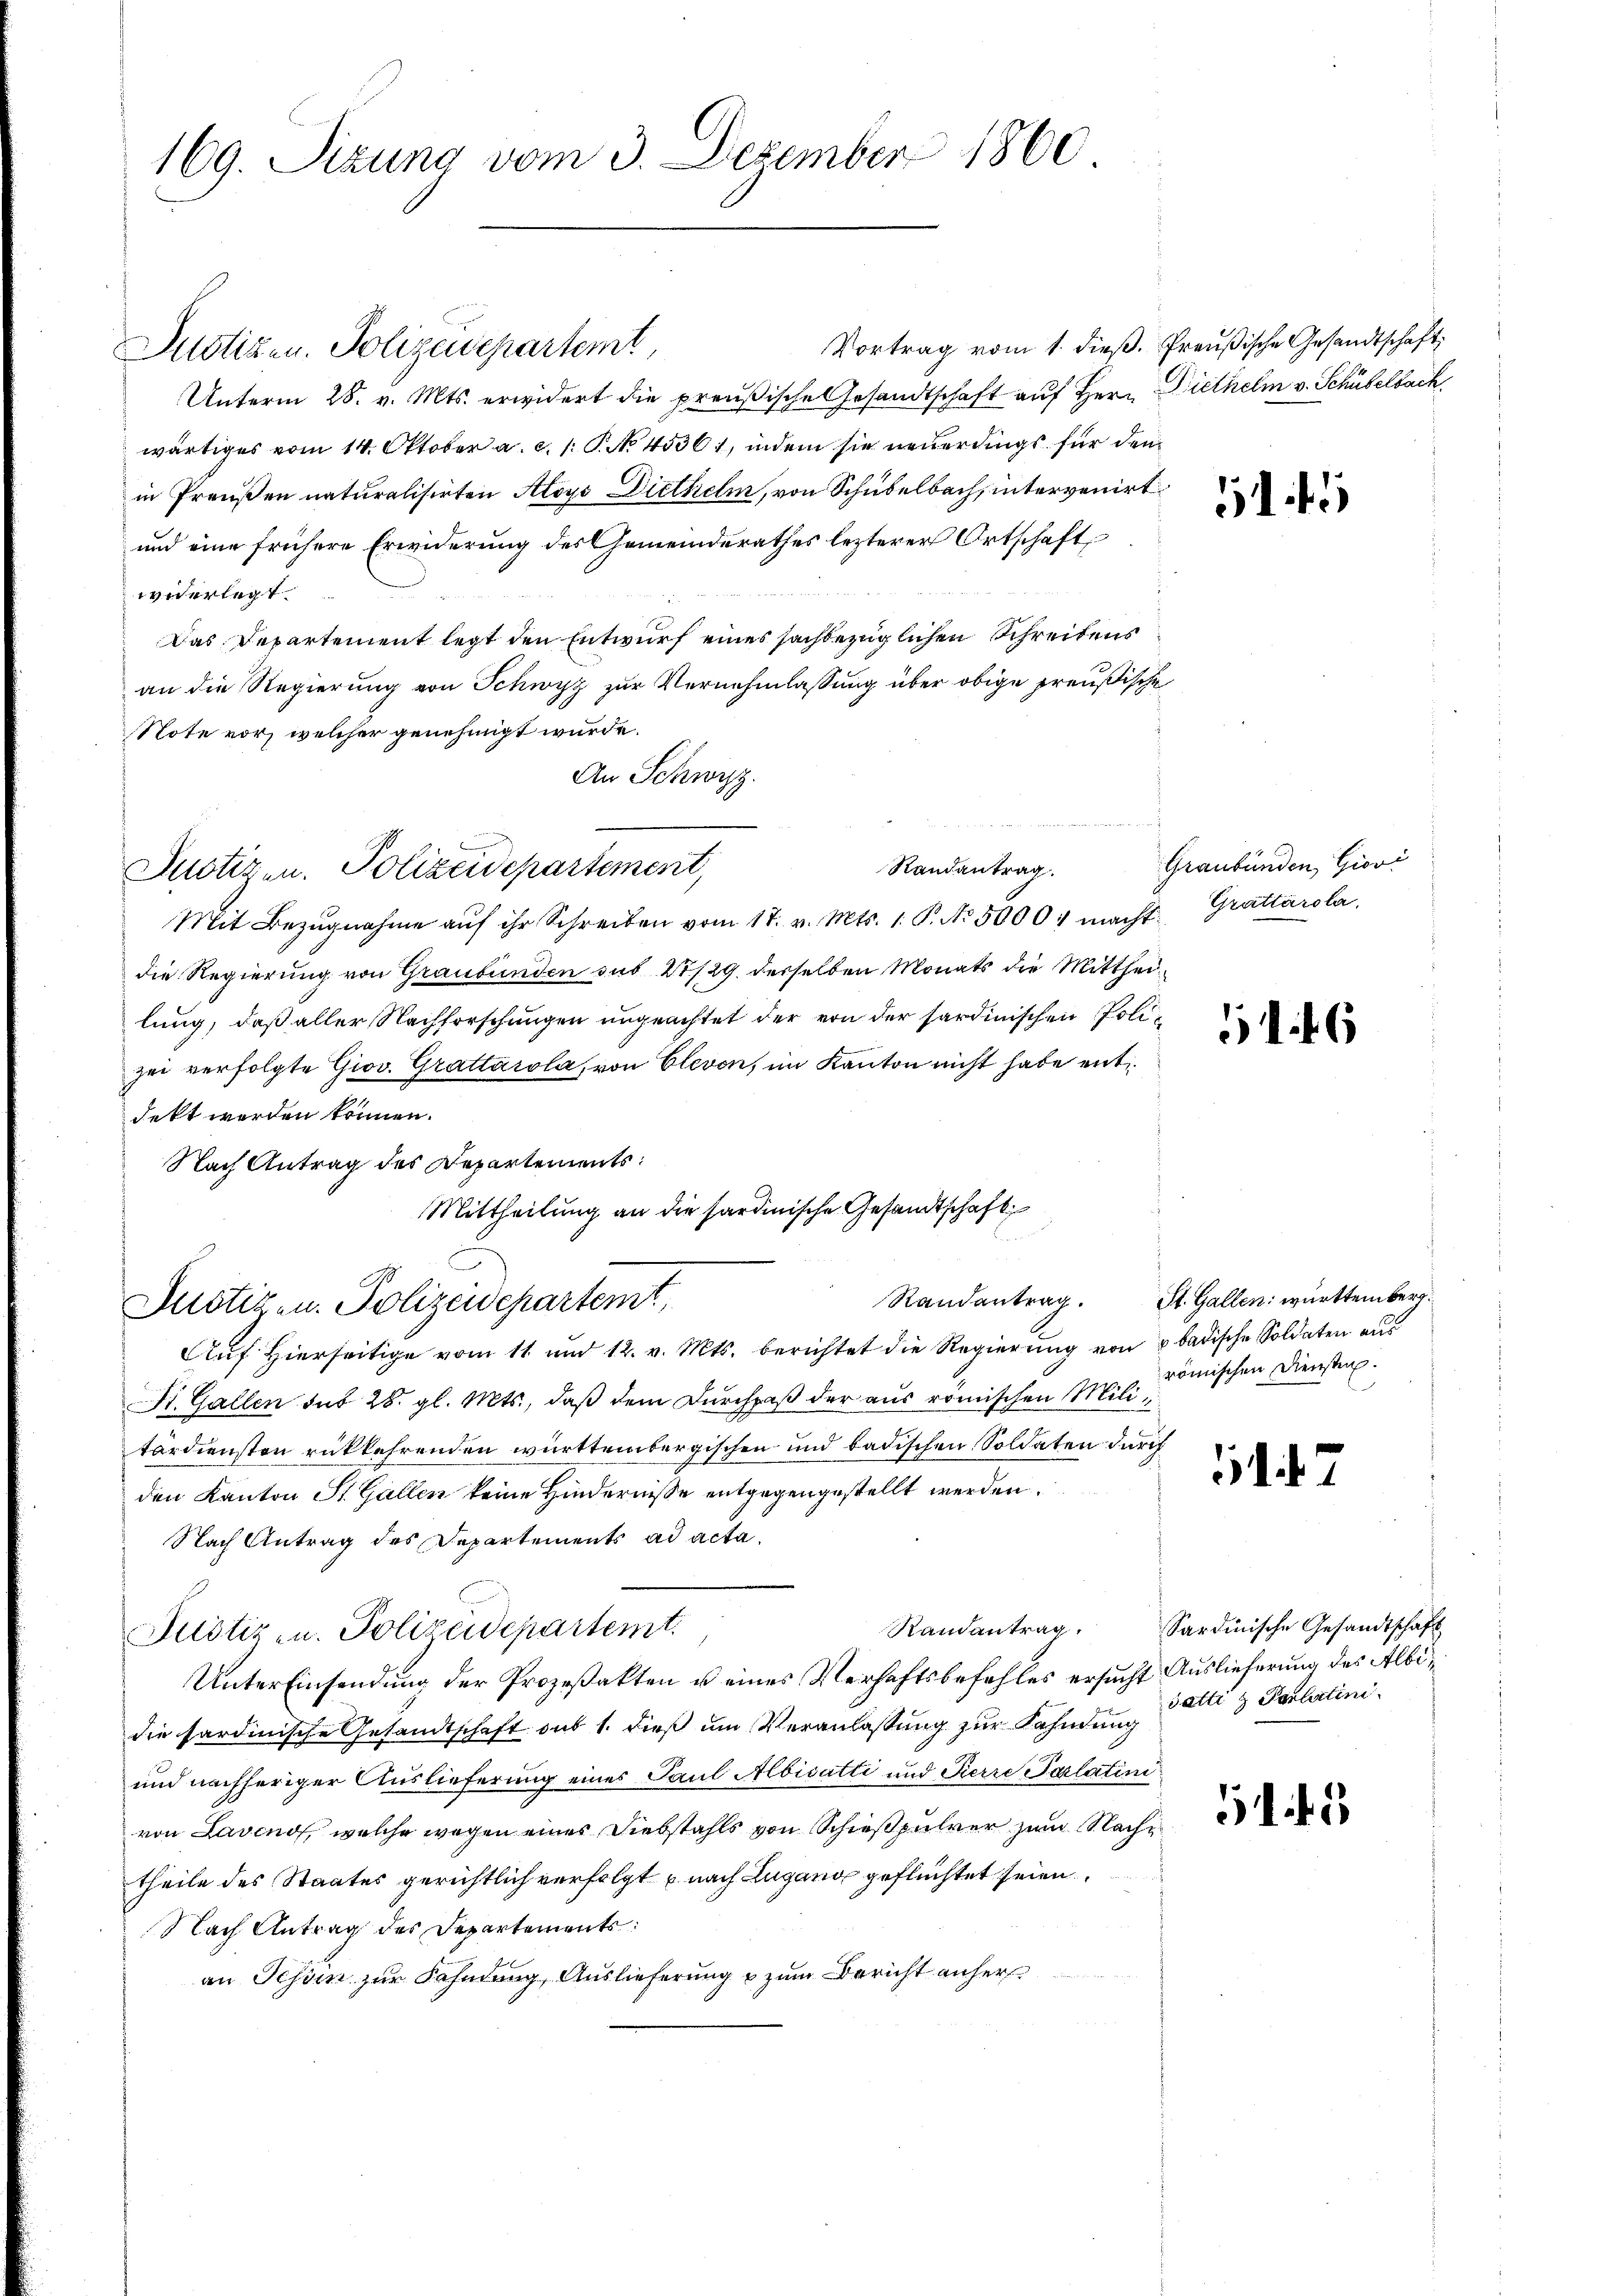
169. Sizung vom 3. Dezember 1860

Vortrag vom 1. dieß. Preußische Gesandtschaft
Unterm 28. v. Mts. erwidert die preußische Gesandtschaft auf Herr
wärtiges vom 14. Oktober a. c. 1: P. No. 45361, indem sie neuerdings für den
in Preußen naturalisirten Aloys Diethelm, von Schubelbach, intervenirt
und eine frühere Erwiderung des Gemeinderathes lezterer Ortschaft
widerlegt.
Das Departement legt den Entwurf eines sachbezüglichen Schreitens
an die Regierung von Schwyz zur Vernehmlassung über obige preußische
Note vor, welcher genehmigt wurde.
An Schwyz.
Randantrag.
Justizen. Polizeidepartement,
Mit Bezŭgnahme aŭf ihr Schreiben vom 17. v. Mts. 1. P. Nr. 5000. macht
die Regierung von Graubünden sub 21/29. desselben Monats die Mittheilung, daß aller Nachforschungen ungeachtet der von der sardinischen Polizei verfolgte Giov. Grattacola, von Clevon, im Kanton nicht habe entdekt werden können.
Nach Antrag des Departements
Mittheilung an die sardinische Gesandtschaft

Justizen. Polizeidepartemt,

Justizen. Polizeisepartemt,

Justiz- u. Polizeidepartemt.

Auf Hierseitige vom 11 und 12. v. Mts. berichtet die Regierung von badische Soldaten aus
St. Gallen sub 28. gl. Mts., daß dem Durchpaß der aus römischen Militärdiensten rükkehrenden württembergischen und badischen Soldaten durch
den Kanton St. Gallen keine Hindernisse entgegengestellt werden.
Nach Antrag des Departements ad acta.
Unter Einsendung der Prozeßakten u eines Verhaftsbefehles ersucht Auslieferung des Albidie sardinische Gesandtschaft sub 1. dieß um Veranlassung zur Fahndung
und nachheriger Auslieferung eines Paul Albisatti und Pierre Parlatini
von Lavends, welche wegen einer Diebstahls von Schießpulver zum Nachtheile des Staates gerichtlich verfolgt u nach Lugang geflüchtet seien.
Nach Antrag des Departements:
an Schön zur Fahndung, Auslieferung zum Bericht anher

Diethelm v. Schübelbach.

54

Graubünden, Giovi
4. Grattárola,

.
7

11 f. 6

Randantrag. St. Gallen württemberg.
römischen Diensten.

17

5

Randantrag. Sardinische Gesandtschaft
satti & Parlatini.